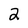
Character: 2